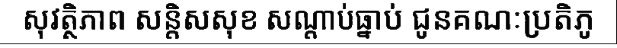
សុវត្ថិភាព សន្តិសសុខ សណ្តាប់ធ្នាប់ ជូនគណៈប្រតិភូ